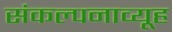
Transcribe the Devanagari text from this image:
संकल्पनाव्यूह